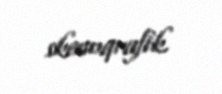
skenoqrafik.